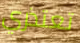
تعتذري